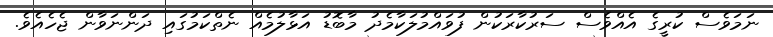
ނަމަވެސް ކުރީގެ އެއްވެސް ސަރުކާރަކުން ފުވައްމުލަކާމެދު މާބޮޑު އަޅާލުމެއް ނެތްކަމުގައި ދަންނަވާން ޖެހެއެވެ.